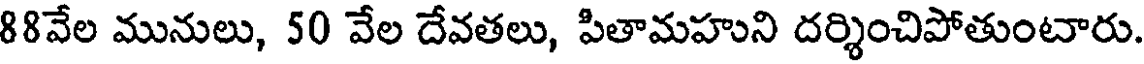
88వేల మునులు, 50 వేల దేవతలు, పితామహుని దర్శించిపోతుంటారు.